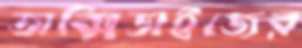
অক্সিডাইজের